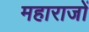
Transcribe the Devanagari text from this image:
महाराजों